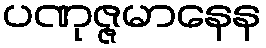
ပဏုဇ္ဇမာနေန